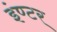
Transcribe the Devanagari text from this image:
इंण्टर